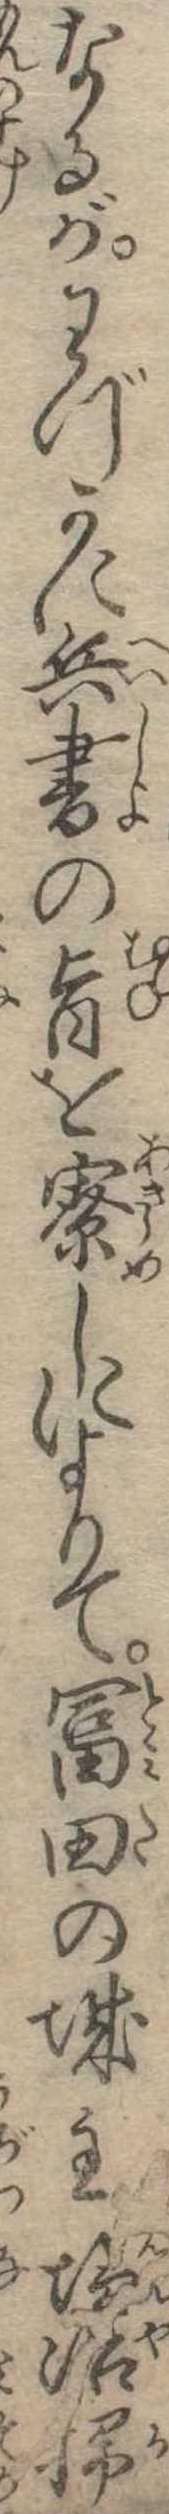
なるがわづかに兵書の旨を察しによりて富田の城主塩冶掃